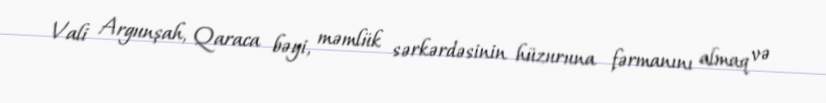
Vali Argunşah, Qaraca bəyi, məmlük sərkərdəsinin hüzuruna fərmanını almaq və